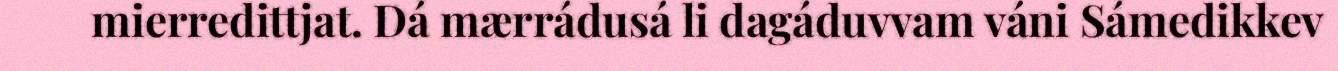
mierredittjat. Dá mærrádusá li dagáduvvam váni Sámedikkev